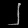
Digit: ၂